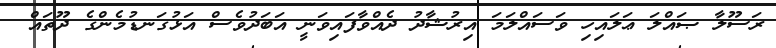
ރަސޫލާ ޞައްލަ ޢަލައިހި ވަސައްލަމަ އިރުޝާދު ދެއްވާފައިވަނީ އަބަދުވެސް އަޅުގަނޑުމެންގެ ދޫތައް